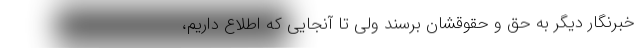
خبرنگار دیگر به حق و حقوقشان برسند ولی تا آنجایی که اطلاع داریم،